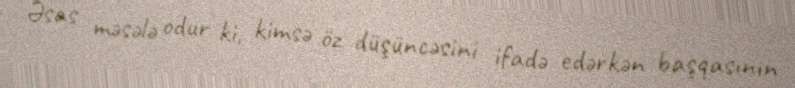
Əsas məsələ odur ki, kimsə öz düşüncəsini ifadə edərkən başqasının